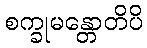
စက္ခုမန္တောတိပိ